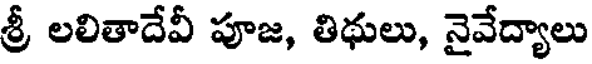
శ్రీ లలితాదేవీ పూజ, తిథులు, నైవేద్యాలు